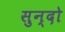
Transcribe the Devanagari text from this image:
सुन्दो